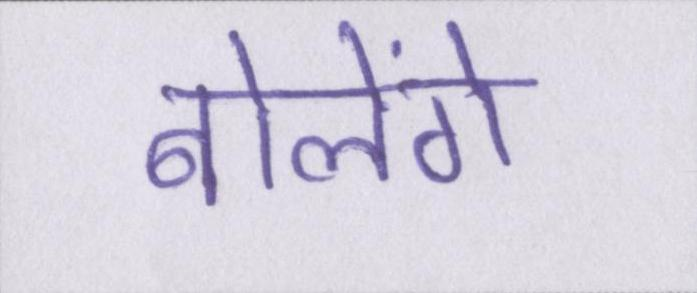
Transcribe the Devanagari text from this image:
बोलेंगे